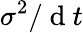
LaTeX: {\sigma}^{2}/\mathrm{~d~}t